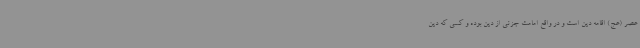
عصر (عج) اقامه دین است و در واقع امامت جزئی از دین بوده و کسی که دین